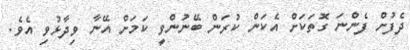
ދެފުށް ފެންނަ ގޮތަކަށް އެކަން ކުރަން ބޭނުންވީ ކަމަށް އޭނާ ވިދާޅުވި އެވެ.